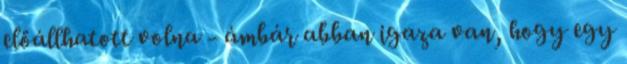
előállhatott volna - ámbár abban igaza van, hogy egy